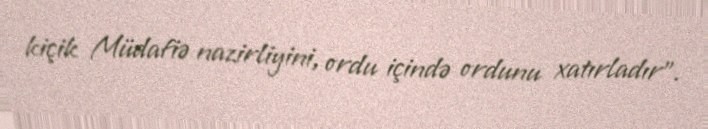
kiçik Müdafiə nazirliyini, ordu içində ordunu xatırladır”.